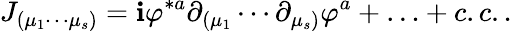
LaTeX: J_{(\mu_{1}\cdots\mu_{s})}=\mathbf{i}\varphi^{*a}\partial_{(\mu_{1}}\cdots\partial_{\mu_{s})}\varphi^{a}+\ldots+c.c..